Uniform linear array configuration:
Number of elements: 16
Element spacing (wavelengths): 0.75
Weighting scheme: exponential
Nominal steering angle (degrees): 45
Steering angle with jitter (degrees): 43.499
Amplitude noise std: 0.05
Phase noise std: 0.05

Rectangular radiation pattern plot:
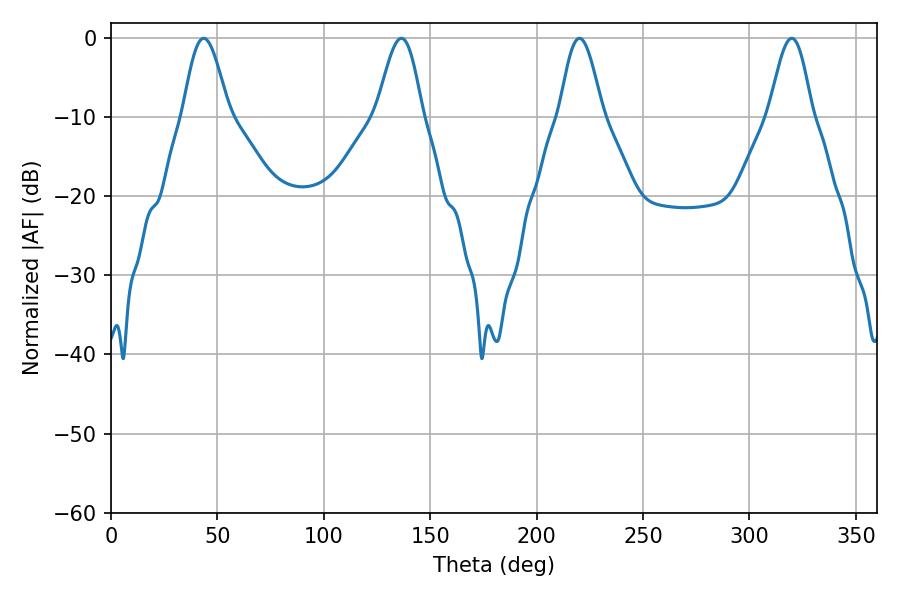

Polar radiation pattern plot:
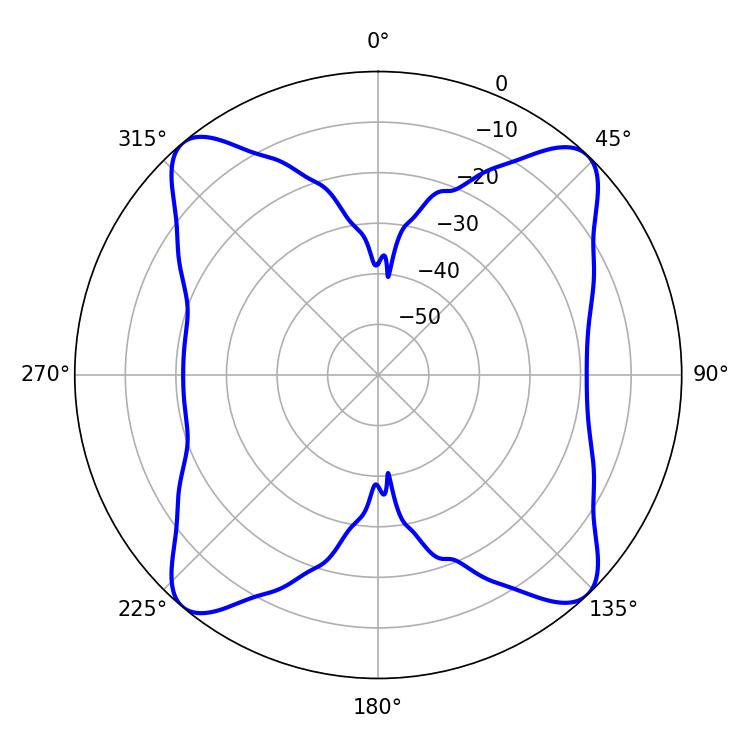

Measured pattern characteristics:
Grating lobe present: TRUE
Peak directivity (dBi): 16.129
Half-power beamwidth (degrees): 11.34
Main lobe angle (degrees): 43.56